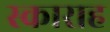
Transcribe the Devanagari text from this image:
स्काराह